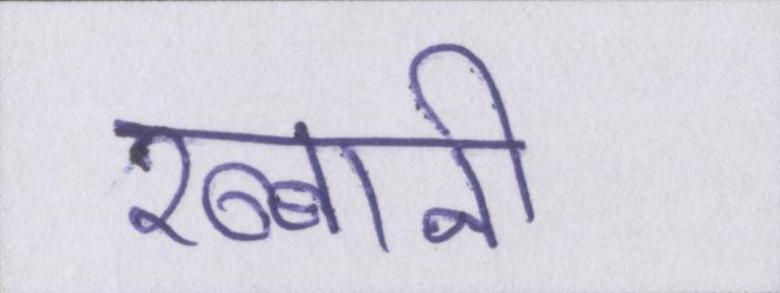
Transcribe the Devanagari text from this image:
रब्बानी